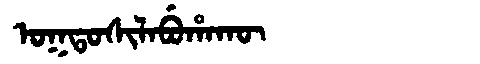
Manchu: ᠣᡴᡨᠣᠰᡳᠯᠠᠪᡠᡥᠠᡴᡡ
Romanization: OKTOSILABUHAKŪ